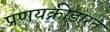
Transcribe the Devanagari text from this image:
प्रणयक्रीडारत